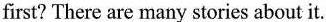
first? There are many stories about it.